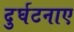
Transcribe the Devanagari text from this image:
दुर्घटनाए